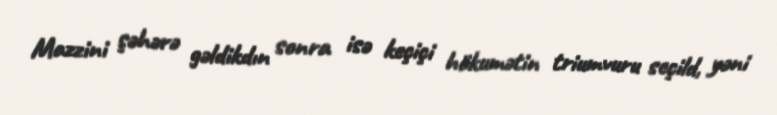
Mazzini şəhərə gəldikdın sonra isə keçiçi hökumətin triumvuru seçild, yəni